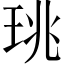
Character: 珧